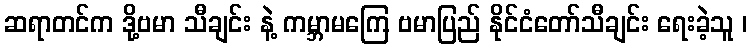
ဆရာတင်က ဒို့ဗမာ သီချင်း နဲ့ ကမ္ဘာမကြေ ဗမာပြည် နိုင်ငံတော်သီချင်း ရေးခဲ့သူ ၊